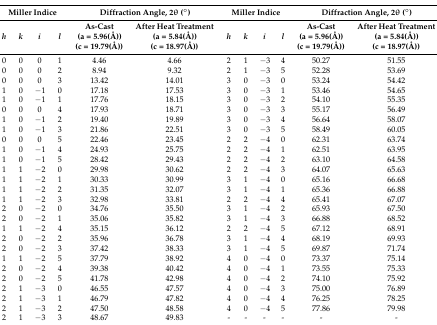
<table><thead><tr><td colspan="4"><b>Miller Indice</b></td><td colspan="2"><b>Diffraction Angle, 2θ (°)</b></td><td colspan="4"><b>Miller Indice</b></td><td colspan="2"><b>Diffraction Angle, 2θ (°)</b></td></tr><tr><td><b><i>h</i></b></td><td><b><i>k</i></b></td><td><b><i>i</i></b></td><td><b><i>l</i></b></td><td><b>As-Cast (a = 5.96(Å)) (c = 19.79(Å))</b></td><td><b>After Heat Treatment (a = 5.84(Å)) (c = 18.97(Å))</b></td><td><b><i>h</i></b></td><td><b><i>k</i></b></td><td><b><i>i</i></b></td><td><b><i>l</i></b></td><td><b>As-Cast (a = 5.96(Å)) (c = 19.79(Å))</b></td><td><b>After Heat Treatment (a = 5.84(Å)) (c = 18.97(Å))</b></td></tr></thead><tbody><tr><td>0</td><td>0</td><td>0</td><td>1</td><td>4.46</td><td>4.66</td><td>2</td><td>1</td><td>−3</td><td>4</td><td>50.27</td><td>51.55</td></tr><tr><td>0</td><td>0</td><td>0</td><td>2</td><td>8.94</td><td>9.32</td><td>2</td><td>1</td><td>−3</td><td>5</td><td>52.28</td><td>53.69</td></tr><tr><td>0</td><td>0</td><td>0</td><td>3</td><td>13.42</td><td>14.01</td><td>3</td><td>0</td><td>−3</td><td>0</td><td>53.24</td><td>54.42</td></tr><tr><td>1</td><td>0</td><td>−1</td><td>0</td><td>17.18</td><td>17.53</td><td>3</td><td>0</td><td>−3</td><td>1</td><td>53.46</td><td>54.65</td></tr><tr><td>1</td><td>0</td><td>−1</td><td>1</td><td>17.76</td><td>18.15</td><td>3</td><td>0</td><td>−3</td><td>2</td><td>54.10</td><td>55.35</td></tr><tr><td>0</td><td>0</td><td>0</td><td>4</td><td>17.93</td><td>18.71</td><td>3</td><td>0</td><td>−3</td><td>3</td><td>55.17</td><td>56.49</td></tr><tr><td>1</td><td>0</td><td>−1</td><td>2</td><td>19.40</td><td>19.89</td><td>3</td><td>0</td><td>−3</td><td>4</td><td>56.64</td><td>58.07</td></tr><tr><td>1</td><td>0</td><td>−1</td><td>3</td><td>21.86</td><td>22.51</td><td>3</td><td>0</td><td>−3</td><td>5</td><td>58.49</td><td>60.05</td></tr><tr><td>0</td><td>0</td><td>0</td><td>5</td><td>22.46</td><td>23.45</td><td>2</td><td>2</td><td>−4</td><td>0</td><td>62.31</td><td>63.74</td></tr><tr><td>1</td><td>0</td><td>−1</td><td>4</td><td>24.93</td><td>25.75</td><td>2</td><td>2</td><td>−4</td><td>1</td><td>62.51</td><td>63.95</td></tr><tr><td>1</td><td>0</td><td>−1</td><td>5</td><td>28.42</td><td>29.43</td><td>2</td><td>2</td><td>−4</td><td>2</td><td>63.10</td><td>64.58</td></tr><tr><td>1</td><td>1</td><td>−2</td><td>0</td><td>29.98</td><td>30.62</td><td>2</td><td>2</td><td>−4</td><td>3</td><td>64.07</td><td>65.63</td></tr><tr><td>1</td><td>1</td><td>−2</td><td>1</td><td>30.33</td><td>30.99</td><td>3</td><td>1</td><td>−4</td><td>0</td><td>65.16</td><td>66.68</td></tr><tr><td>1</td><td>1</td><td>−2</td><td>2</td><td>31.35</td><td>32.07</td><td>3</td><td>1</td><td>−4</td><td>1</td><td>65.36</td><td>66.88</td></tr><tr><td>1</td><td>1</td><td>−2</td><td>3</td><td>32.98</td><td>33.81</td><td>2</td><td>2</td><td>−4</td><td>4</td><td>65.41</td><td>67.07</td></tr><tr><td>2</td><td>0</td><td>−2</td><td>0</td><td>34.76</td><td>35.50</td><td>3</td><td>1</td><td>−4</td><td>2</td><td>65.93</td><td>67.50</td></tr><tr><td>2</td><td>0</td><td>−2</td><td>1</td><td>35.06</td><td>35.82</td><td>3</td><td>1</td><td>−4</td><td>3</td><td>66.88</td><td>68.52</td></tr><tr><td>1</td><td>1</td><td>−2</td><td>4</td><td>35.15</td><td>36.12</td><td>2</td><td>2</td><td>−4</td><td>5</td><td>67.12</td><td>68.91</td></tr><tr><td>2</td><td>0</td><td>−2</td><td>2</td><td>35.96</td><td>36.78</td><td>3</td><td>1</td><td>−4</td><td>4</td><td>68.19</td><td>69.93</td></tr><tr><td>2</td><td>0</td><td>−2</td><td>3</td><td>37.42</td><td>38.33</td><td>3</td><td>1</td><td>−4</td><td>5</td><td>69.87</td><td>71.74</td></tr><tr><td>1</td><td>1</td><td>−2</td><td>5</td><td>37.79</td><td>38.92</td><td>4</td><td>0</td><td>−4</td><td>0</td><td>73.37</td><td>75.14</td></tr><tr><td>2</td><td>0</td><td>−2</td><td>4</td><td>39.38</td><td>40.42</td><td>4</td><td>0</td><td>−4</td><td>1</td><td>73.55</td><td>75.33</td></tr><tr><td>2</td><td>0</td><td>−2</td><td>5</td><td>41.78</td><td>42.98</td><td>4</td><td>0</td><td>−4</td><td>2</td><td>74.10</td><td>75.92</td></tr><tr><td>2</td><td>1</td><td>−3</td><td>0</td><td>46.55</td><td>47.57</td><td>4</td><td>0</td><td>−4</td><td>3</td><td>75.00</td><td>76.89</td></tr><tr><td>2</td><td>1</td><td>−3</td><td>1</td><td>46.79</td><td>47.82</td><td>4</td><td>0</td><td>−4</td><td>4</td><td>76.25</td><td>78.25</td></tr><tr><td>2</td><td>1</td><td>−3</td><td>2</td><td>47.50</td><td>48.58</td><td>4</td><td>0</td><td>−4</td><td>5</td><td>77.86</td><td>79.98</td></tr><tr><td>2</td><td>1</td><td>−3</td><td>3</td><td>48.67</td><td>49.83</td><td>-</td><td>-</td><td>-</td><td>-</td><td>-</td><td>-</td></tr></tbody></table>